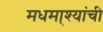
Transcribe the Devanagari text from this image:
मधमा्श्यांची